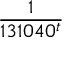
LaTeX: \frac { 1 } { 1 3 1 0 4 0 ^ { t } }